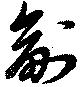
副